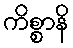
ကိစ္စာနိ